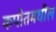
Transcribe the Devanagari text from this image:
कपोतमधील